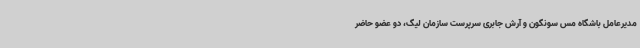
مدیرعامل باشگاه مس سونگون و آرش جابری سرپرست سازمان لیگ، دو عضو حاضر